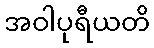
အဝါပုရီယတိ